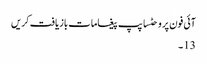
آئی فون پر وحٹساپپ پیغامات بازیافت کریں
13 ۔